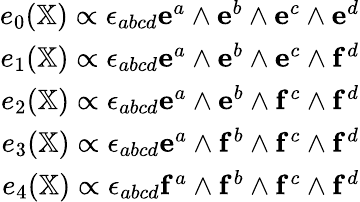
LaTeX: \begin{array}{r}{e_{0}(\mathbb{X})\propto\epsilon_{abcd}\mathbf{e}^{a}\wedge\mathbf{e}^{b}\wedge\mathbf{e}^{c}\wedge\mathbf{e}^{d}}\\ {e_{1}(\mathbb{X})\propto\epsilon_{abcd}\mathbf{e}^{a}\wedge\mathbf{e}^{b}\wedge\mathbf{e}^{c}\wedge\mathbf{f}^{d}}\\ {e_{2}(\mathbb{X})\propto\epsilon_{abcd}\mathbf{e}^{a}\wedge\mathbf{e}^{b}\wedge\mathbf{f}^{c}\wedge\mathbf{f}^{d}}\\ {e_{3}(\mathbb{X})\propto\epsilon_{abcd}\mathbf{e}^{a}\wedge\mathbf{f}^{b}\wedge\mathbf{f}^{c}\wedge\mathbf{f}^{d}}\\ {e_{4}(\mathbb{X})\propto\epsilon_{abcd}\mathbf{f}^{a}\wedge\mathbf{f}^{b}\wedge\mathbf{f}^{c}\wedge\mathbf{f}^{d}}\end{array}